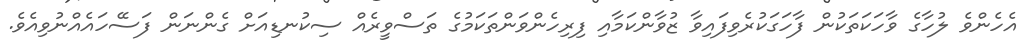
އެހެންވެ ލުހާގެ ވާހަކަތަކުން ފާހަގަކުރެވިފައިވާ ޒުވާންކަމާއި ފިރިހެންވަންތަކަމުގެ ތަސްވީރެއް ސިކުނޑިއަށް ގެންނަން ފަސޭހައެއްނުވިއެވެ.